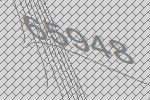
65948